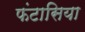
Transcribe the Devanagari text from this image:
फंटासिया